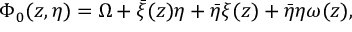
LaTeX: \Phi _ { 0 } ( z , \eta ) = \Omega + \bar { \xi } ( z ) \eta + \bar { \eta } \xi ( z ) + \bar { \eta } \eta \omega ( z ) ,